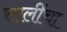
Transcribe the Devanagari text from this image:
सालींचा